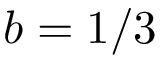
b = 1 / 3